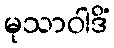
မုသာဝါဒိံ